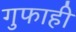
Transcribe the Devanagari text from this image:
गुफाही